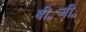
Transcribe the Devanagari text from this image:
बी॰जी॰